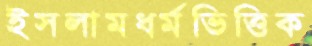
ইসলামধর্মভিত্তিক